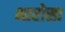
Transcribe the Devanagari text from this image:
भारोसा